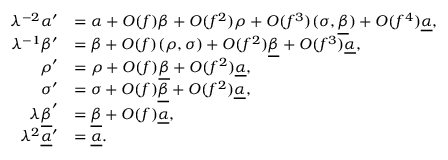
\begin{array} { r l } { \lambda ^ { - 2 } \alpha ^ { \prime } } & { = \alpha + O ( f ) \beta + O ( f ^ { 2 } ) \rho + O ( f ^ { 3 } ) ( \sigma , \underline { { \beta } } ) + O ( f ^ { 4 } ) \underline { { \alpha } } , } \\ { \lambda ^ { - 1 } \beta ^ { \prime } } & { = \beta + O ( f ) ( \rho , \sigma ) + O ( f ^ { 2 } ) \underline { { \beta } } + O ( f ^ { 3 } ) \underline { { \alpha } } , } \\ { \rho ^ { \prime } } & { = \rho + O ( f ) \underline { { \beta } } + O ( f ^ { 2 } ) \underline { { \alpha } } , } \\ { \sigma ^ { \prime } } & { = \sigma + O ( f ) \underline { { \beta } } + O ( f ^ { 2 } ) \underline { { \alpha } } , } \\ { \lambda \underline { { \beta } } ^ { \prime } } & { = \underline { { \beta } } + O ( f ) \underline { { \alpha } } , } \\ { \lambda ^ { 2 } \underline { { \alpha } } ^ { \prime } } & { = \underline { { \alpha } } . } \end{array}